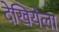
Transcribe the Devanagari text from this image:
देखियेला